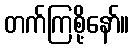
တက်ကြစို့နော်။